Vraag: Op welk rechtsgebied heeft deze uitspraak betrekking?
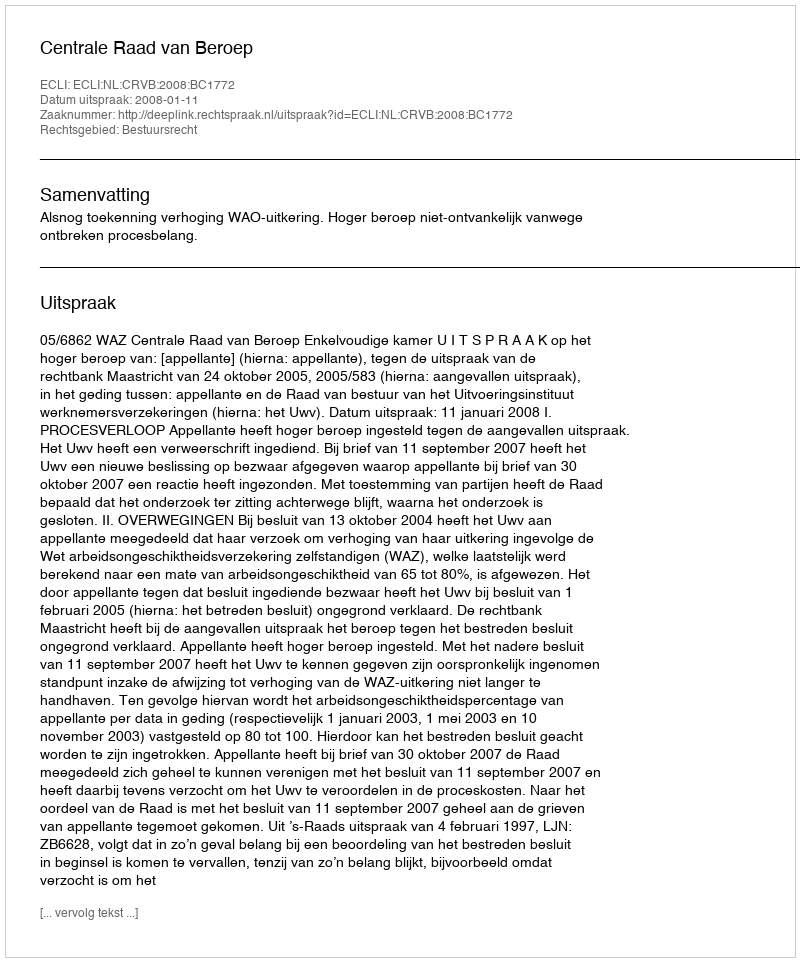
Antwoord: Bestuursrecht